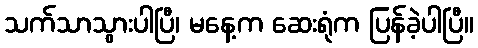
သက်သာသွားပါပြီ၊ မနေ့က ဆေးရုံက ပြန်ခဲ့ပါပြီ။